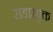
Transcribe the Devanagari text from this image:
राडारयुक्त